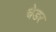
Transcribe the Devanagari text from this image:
चेडर